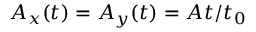
A _ { x } ( t ) = A _ { y } ( t ) = A t / t _ { 0 }